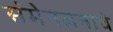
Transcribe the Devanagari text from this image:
संमेनलनाचे